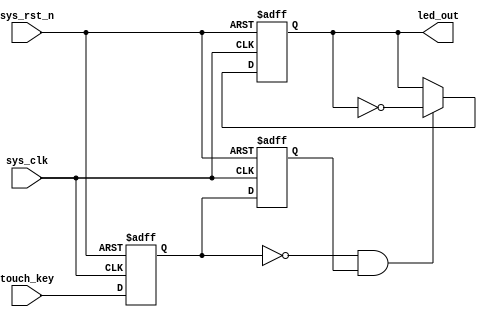
module  touch_ctrl_led
(
    input   wire    sys_clk     ,
    input   wire    sys_rst_n   ,
    input   wire    touch_key   ,
    
    output  reg     led_out
);

reg     touch_key_1 ;
reg     touch_key_2 ;
wire    touch_flag  ;

//

//touch_key_1touch_key_2
always@(posedge sys_clk or negedge sys_rst_n)
    if(sys_rst_n == 1'b0)
        begin
            touch_key_1 <= 1'b1;
            touch_key_2 <= 1'b1;
        end
    else
        begin
            touch_key_1 <= touch_key;
            touch_key_2 <= touch_key_1;
        end

//touch
/**/
assign  touch_flag = (touch_key_1 == 1'b0) && (touch_key_2 == 1'b1);    //
// assign  touch_flag = (touch_key_1 == 1'b1) && (touch_key_2 == 1'b0); //
/******************************************************************************************/
/******************************************************************************************/
/* //
always@(posedge sys_clk or negedge sys_rst_n)
    if(sys_rst_n == 1'b0)
        touch_flag <= 1'b0;
    else    if((touch_key_1 == 1'b0) && (touch_key_2 == 1'b1))  //
        touch_flag <= 1'b1;
    else
        touch_flag <= 1'b0;
//
always@(posedge sys_clk or negedge sys_rst_n)
    if(sys_rst_n == 1'b0)
        touch_flag <= 1'b0;
    else    if((touch_key_1 == 1'b1) || (touch_key_2 == 1'b0))  //
        touch_flag <= 1'b0;
    else
        touch_flag <= 1'b1; */

//
always@(posedge sys_clk or negedge sys_rst_n)
    if(sys_rst_n == 1'b0)
        led_out <= 1'b1;
    else    if(touch_flag == 1'b1)
        led_out <= ~led_out;
    else
        led_out <= led_out;

endmodule